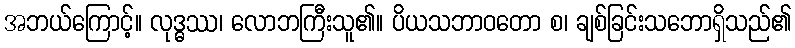
အဘယ်ကြောင့်။ လုဒ္ဓဿ၊ လောဘကြီးသူ၏။ ပိယသဘာဝတော စ၊ ချစ်ခြင်းသဘောရှိသည်၏